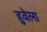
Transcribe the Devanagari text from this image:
हुवेला